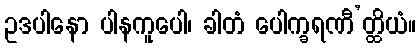
ဥဒပါနော ပါနကူပေါ၊ ခါတံ ပေါက္ခရဏီ’တ္ထိယံ။